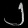
Digit: ၂